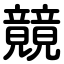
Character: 竸